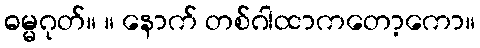
ဓမ္မဂုတ်။ ။ နောက် တစ်ဂါထာကတော့ကော။